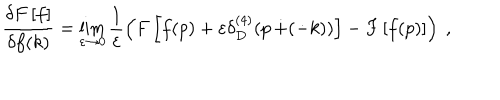
LaTeX: \frac { \delta F \left[ f \right] } { \delta f ( k ) } = \lim _ { \varepsilon \rightarrow 0 } \frac { 1 } { \varepsilon } \left( F \left[ f ( p ) + \varepsilon \delta _ { D } ^ { ( 4 ) } ( p \, \dot { + } ( \dot { - } k ) ) \right] - F \left[ f ( p ) \right] \right) ~ ,